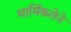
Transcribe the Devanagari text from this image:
मार्मिकतेने